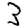
Digit: 3